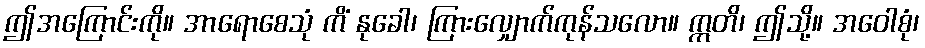
ဤအကြောင်းကို။ အာရောစေသုံ ကိံ နုခေါ၊ ကြားလျှောက်ကုန်သလော။ ဣတိ၊ ဤသို့။ အဝေါစုံ၊